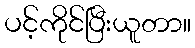
ပင့်ကိုင်ပြီးယူတာ။